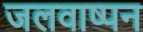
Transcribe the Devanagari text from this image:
जलवाष्पन